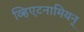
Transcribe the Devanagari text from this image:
व्हिएटनामियन्